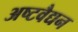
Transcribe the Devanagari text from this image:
अष्टवैद्यन